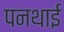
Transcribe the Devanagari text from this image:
पनथाई